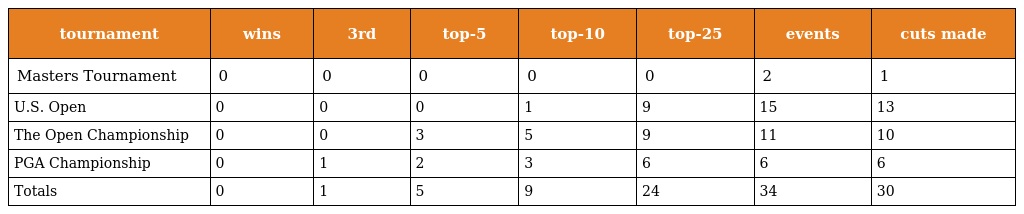
| tournament | wins | 3rd | top-5 | top-10 | top-25 | events | cuts made |
 | --- | --- | --- | --- | --- | --- | --- | --- |
 | Masters Tournament | 0 | 0 | 0 | 0 | 0 | 2 | 1 |
 | U.S. Open | 0 | 0 | 0 | 1 | 9 | 15 | 13 |
 | The Open Championship | 0 | 0 | 3 | 5 | 9 | 11 | 10 |
 | PGA Championship | 0 | 1 | 2 | 3 | 6 | 6 | 6 |
 | Totals | 0 | 1 | 5 | 9 | 24 | 34 | 30 |